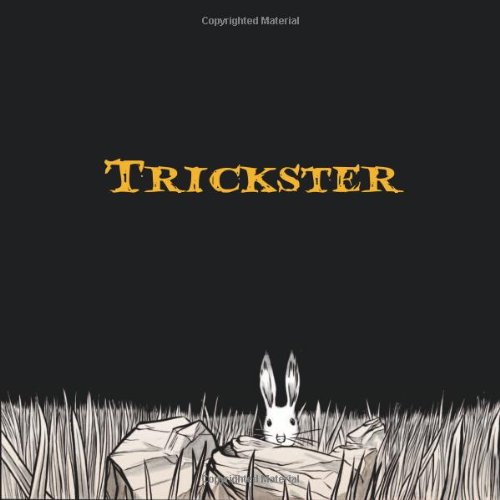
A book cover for Trickster: Native American Tales: A Graphic Collection; Comics & Graphic Novels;